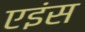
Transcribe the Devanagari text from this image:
एइंस